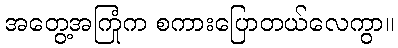
အတွေ့အကြုံက စကားပြောတယ်လေကွာ။